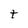
Character: t